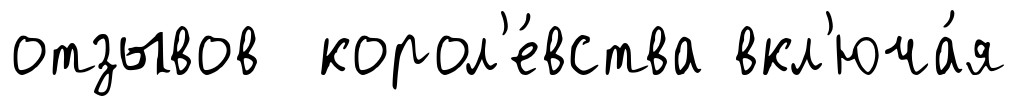
отзывов корол'е́вства вкл'юча́я